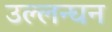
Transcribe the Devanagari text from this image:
उल्लन्घन